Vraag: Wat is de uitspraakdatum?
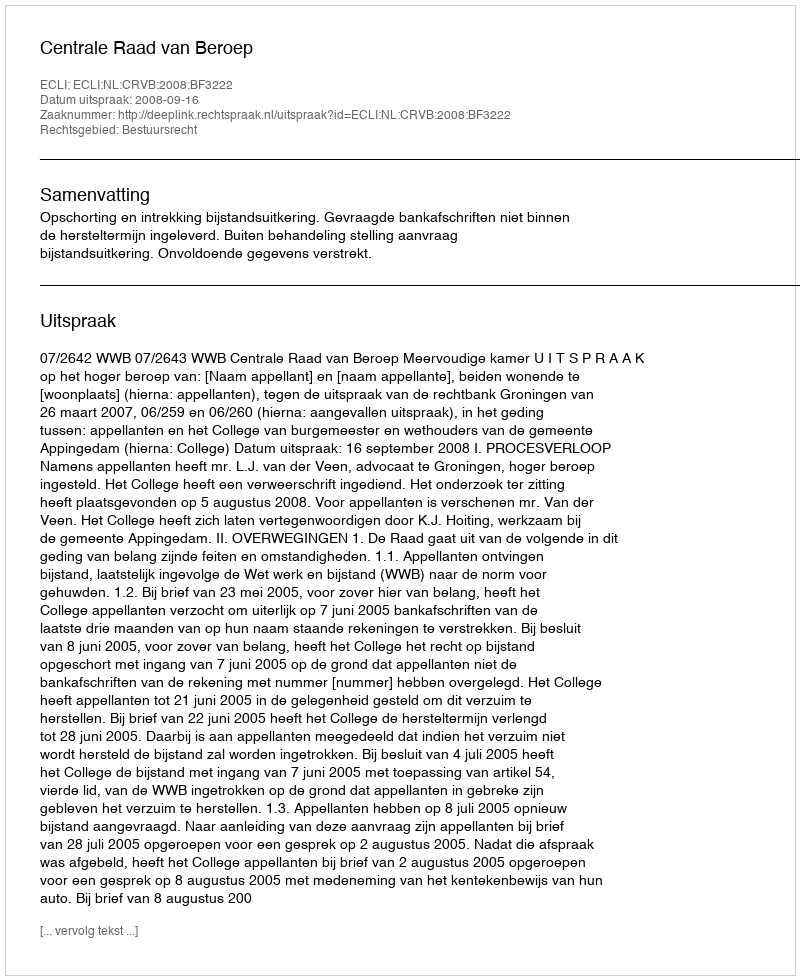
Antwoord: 2008-09-16